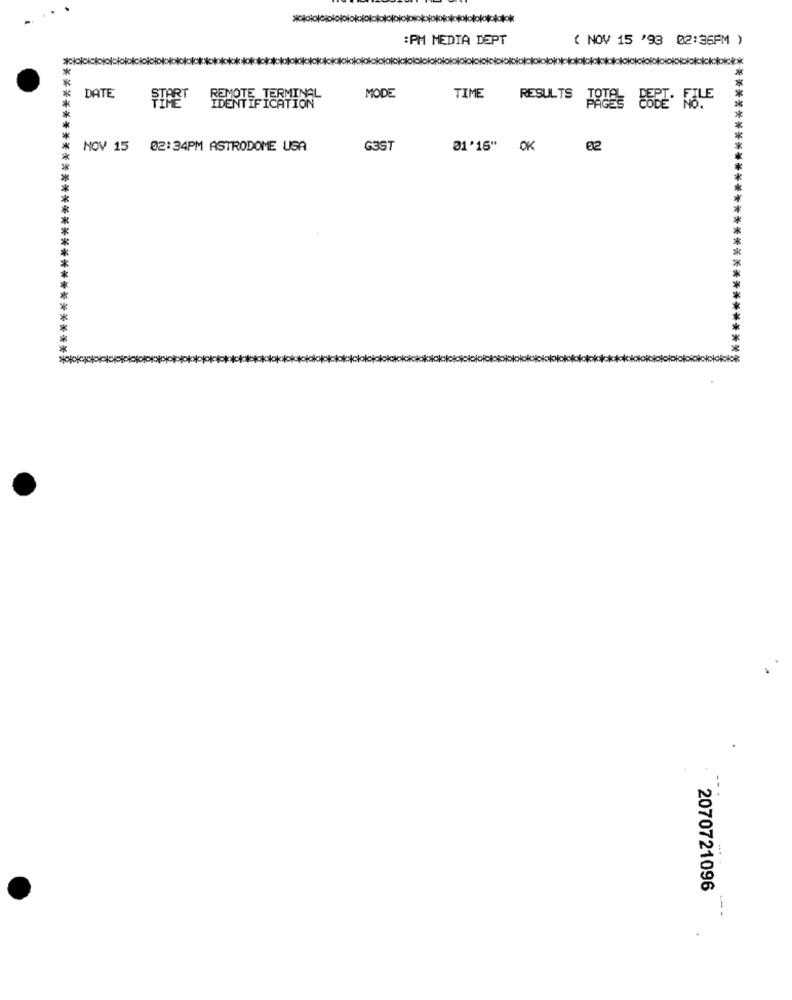
:PM MEDIA DEPT
( NOV 15 '93 02:36PM )
*
DATE
START REMOTE TERMINGL
MODE
TIME
RESULTS TOTHE BSEE . ROLE
NOV 15 02:34PM ASTRODOME USA
G3ST
01'15" OK
02
******************
**
****************************
*****
2070721096